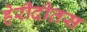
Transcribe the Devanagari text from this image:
हेरीदोतस